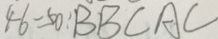
4 6 = 5 0 : B B C A C